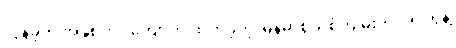
လွန်ခဲ့တဲ့ အနှစ် ၆၀ ကျော်က ထုတ်ခဲ့တဲ့ မြန်မာ့စွယ်စုံကျမ်းကို ၂၅ တွဲနဲ့